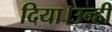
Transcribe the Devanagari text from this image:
दिया।उन्ही